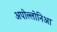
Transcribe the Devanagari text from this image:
अपोल्लोनिआ